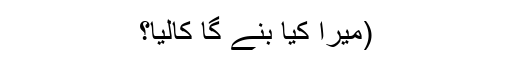
(میرا کیا بنے گا کالیا؟